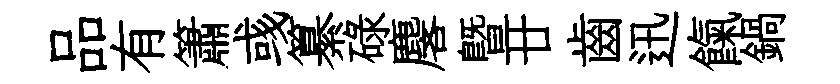
品有簫彧纂碌麐暨廿齒迅餼鍋